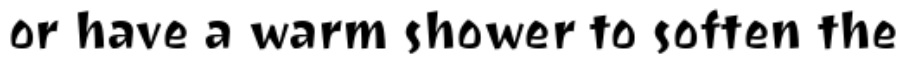
or have a warm shower to soften the